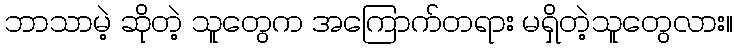
ဘာသာမဲ့ ဆိုတဲ့ သူတွေက အကြောက်တရား မရှိတဲ့သူတွေလား။